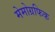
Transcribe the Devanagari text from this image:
मेमोग्रफिक